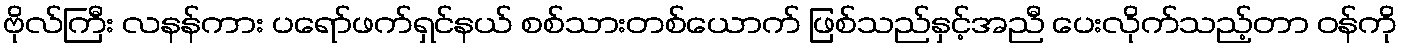
ဗိုလ်ကြီး လနန်ကား ပရော်ဖက်ရှင်နယ် စစ်သားတစ်ယောက် ဖြစ်သည်နှင့်အညီ ပေးလိုက်သည့်တာ ဝန်ကို